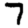
Digit: 7